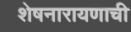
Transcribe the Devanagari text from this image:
शेषनारायणाची